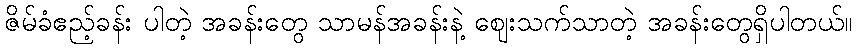
ဇိမ်ခံဧည့်ခန်း ပါတဲ့ အခန်းတွေ သာမန်အခန်းနဲ့ ဈေးသက်သာတဲ့ အခန်းတွေရှိပါတယ်။